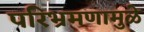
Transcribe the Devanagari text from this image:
परिभ्रमणामुळे